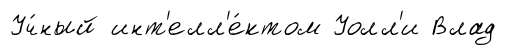
Уч́ный инт'елл'е́ктом Уолл'и Влад